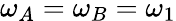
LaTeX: \omega_{A}=\omega_{B}=\omega_{1}